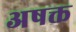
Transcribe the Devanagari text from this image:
अषक्त